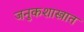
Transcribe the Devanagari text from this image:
जनुकशास्त्रात